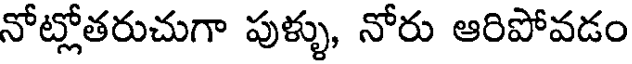
నోట్లోతరుచుగా పుళ్ళు, నోరు ఆరిపోవడం